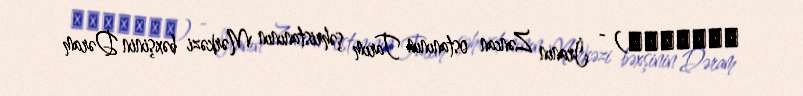
غلام‌چم) - İranın Zəncan ostanının Tarım şəhristanının Mərkəzi bəxşinin Dəram